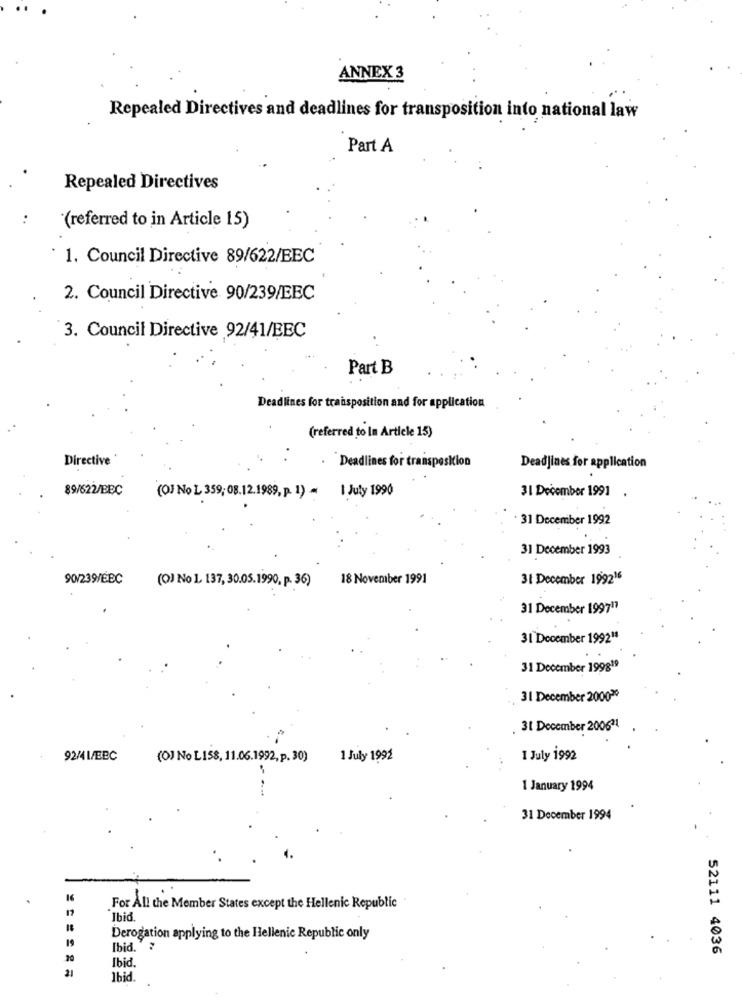
ANNEX 3
Repealed Directives and deadlines for transposition into national law
Part A
Repealed Directives
..
"(referred to in Article 15)
1. Council Directive 89/622/BEC
2. Council Directive 90/239/EEC
3. Council Directive 92/41/EEC
Part B
Deadlines for transposition and for application
(referred to In Article 15)
Directive '
Deadlines for transposition
Deadlines for application
89/622/BEC
(O) No L 359; 08.12.1989, p. 1) - 1 July 1990
31 December 1991 .
. 31 December 1992
31 December 1993
90/239/EBC
(O) No L. 137, 30.05.1990, p. 36)
18 November 1991
31 December 199216
31 December 199717
31 December 1992"1
31 December 199819
31 December 200020
. 31 December 200621
92/4 L/BBC
(O) No L158, 11.06.1992, p. 30)
1 July 1992
1 July 1992
1 January 1994
31 December 1994
For All the Member States except the Hellenic Republic
Ibid.
Derogation applying to the Hellenic Republic only
Ibid .?
52111 4036
Ibid.
lbid.